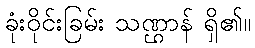
ခုံးဝိုင်းခြမ်း သဏ္ဌာန် ရှိ၏။